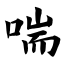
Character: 喘